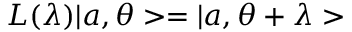
L ( \lambda ) | a , \theta > = | a , \theta + \lambda >